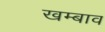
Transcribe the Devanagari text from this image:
खम्बाव